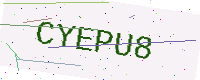
Text: CYEPU8